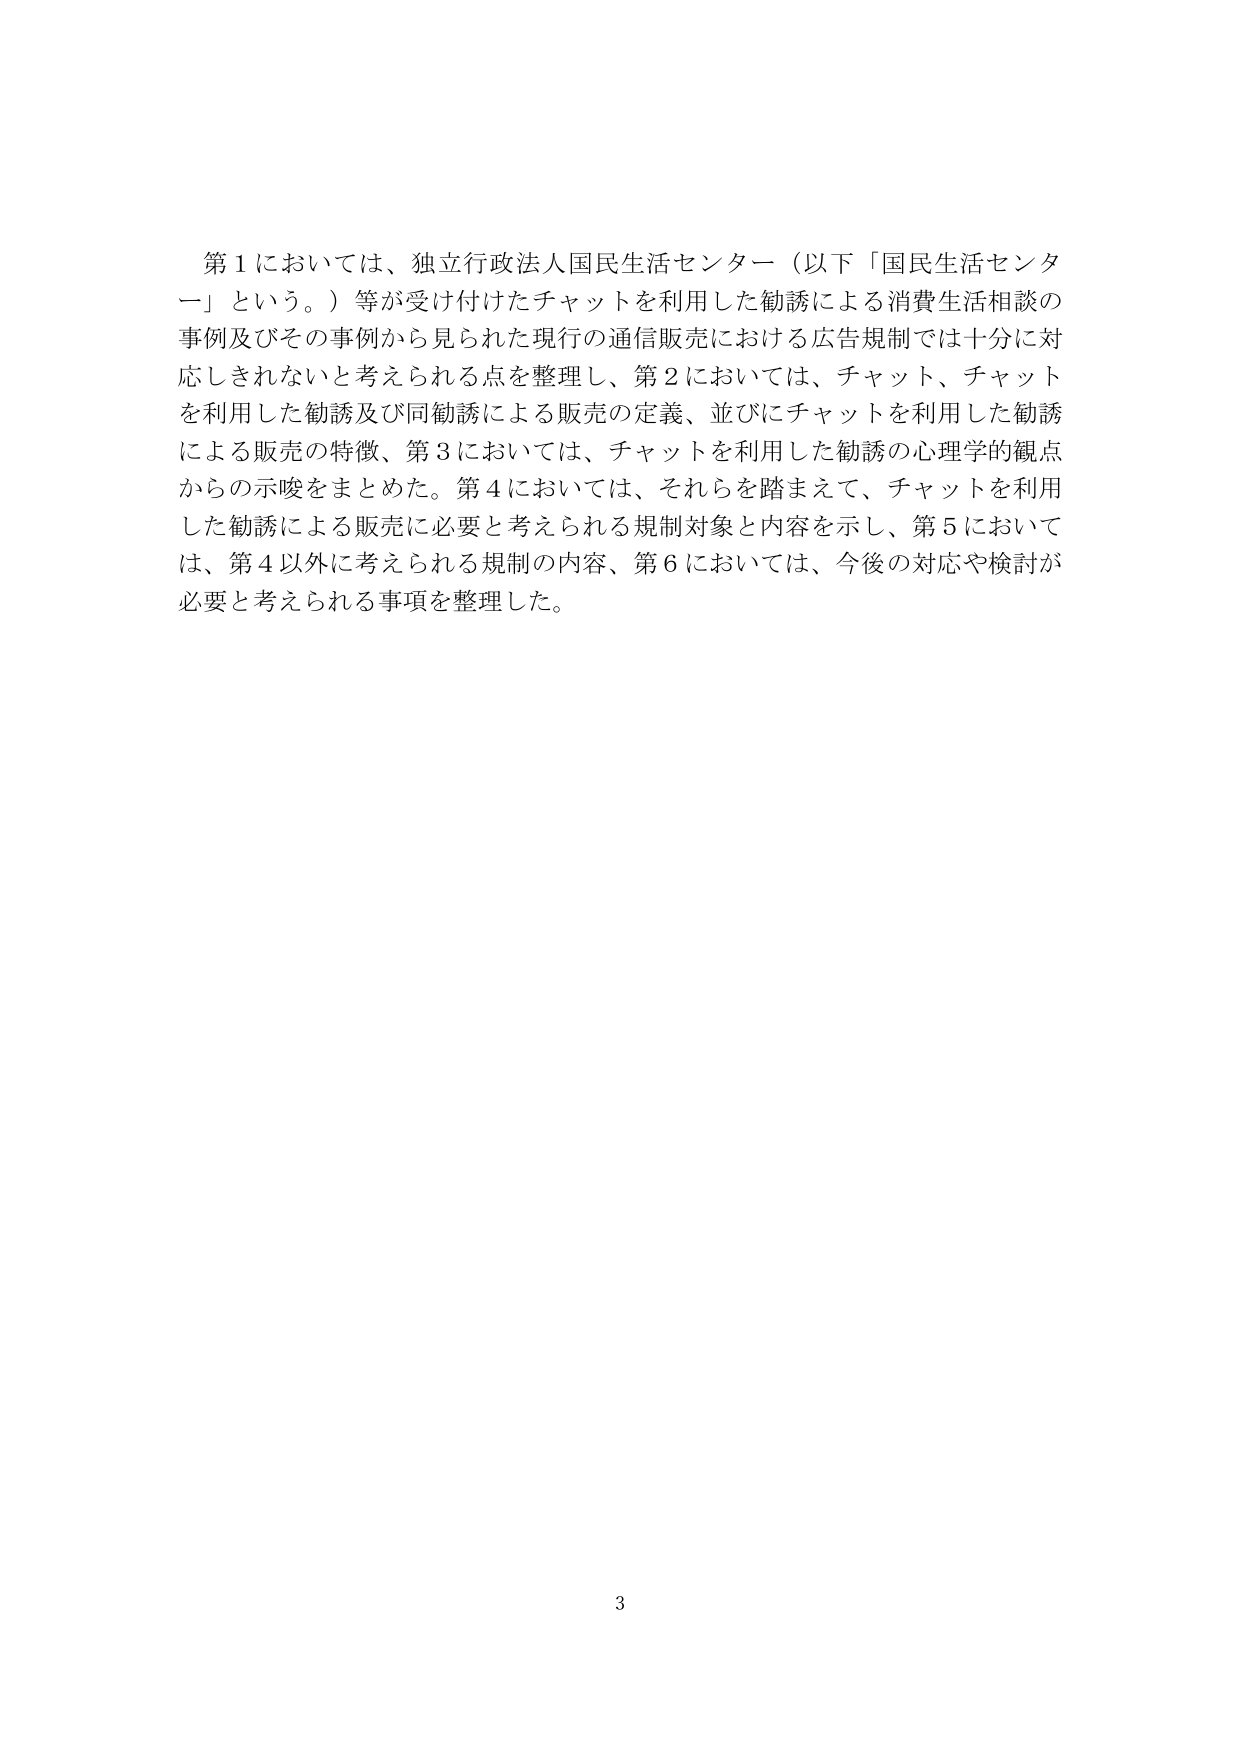
第１においては、独立行政法人国民生活センター（以下「国民生活センター」という。）等が受け付けたチャットを利用した勧誘による消費生活相談の事例及びその事例から見られた現行の通信販売における広告規制では十分に対応しきれないと考えられる点を整理し、第２においては、チャット、チャットを利用した勧誘及び同勧誘による販売の定義、並びにチャットを利用した勧誘による販売の特徴、第３においては、チャットを利用した勧誘の心理学的観点からの示唆をまとめた。第４においては、それらを踏まえて、チャットを利用した勧誘による販売に必要と考えられる規制対象と内容を示し、第５においては、第４以外に考えられる規制の内容、第６においては、今後の対応や検討が必要と考えられる事項を整理した。

3